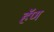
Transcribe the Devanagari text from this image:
हॅण